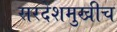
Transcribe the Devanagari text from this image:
सरदेशमुखीच